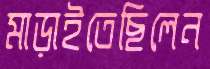
মাড়াইতেছিলেন